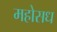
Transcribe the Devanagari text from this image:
महोसध